Annual report of the Punjab Veterinary College and of the Civil Veterinary Department, Punjab - 1920-1925
Year: 1920
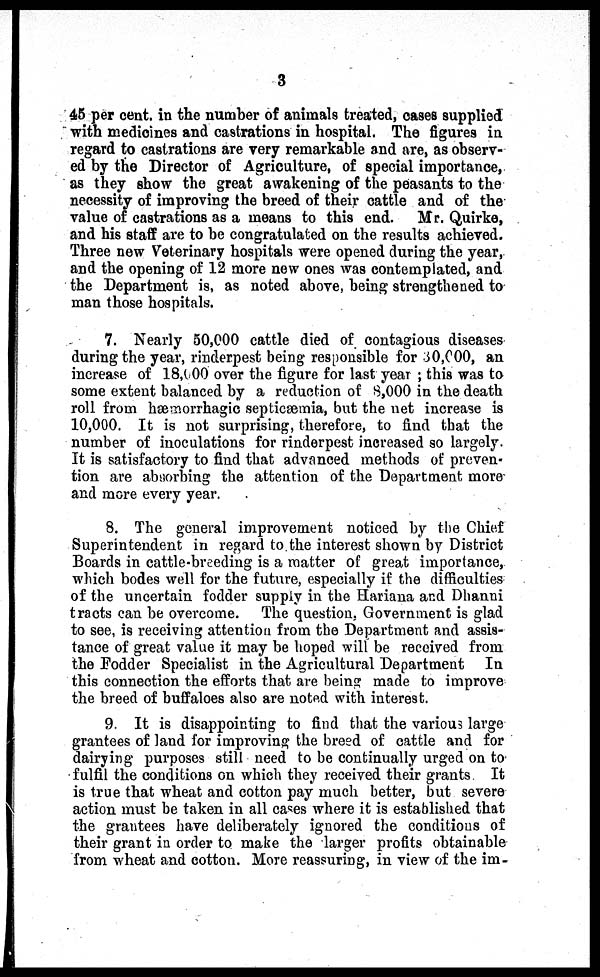
3
45 per cent. in the number of animals treated, cases supplied
with medicines and castrations in hospital. The figures in
regard to castrations are very remarkable and are, as observ-
ed by the Director of Agriculture, of special importance,
as they show the great awakening of the peasants to the
necessity of improving the breed of their cattle and of the
value of castrations as a means to this end. Mr. Quirke,
and his staff are to be congratulated on the results achieved.
Three new Veterinary hospitals were opened during the year,
and the opening of 12 more new ones was contemplated, and
the Department is, as noted above, being strengthened to
man those hospitals.
7. Nearly 50,000 cattle died of contagious diseases
during the year, rinderpest being responsible for 30,000, an
increase of 18,000 over the figure for last year; this was to
some extent balanced by a reduction of 8,000 in the death
roll from hæmorrhagic septicæmia, but the net increase is
10,000. It is not surprising, therefore, to find that the
number of inoculations for rinderpest increased so largely.
It is satisfactory to find that advanced methods of preven-
tion are absorbing the attention of the Department more
and more every year.
8. The general improvement noticed by the Chief
Superintendent in regard to the interest shown by District
Boards in cattle-breeding is a matter of great importance,
which bodes well for the future, especially if the difficulties
of the uncertain fodder supply in the Hariana and Dhanni
tracts can be overcome. The question, Government is glad
to see, is receiving attention from the Department and assis-
tance of great value it may be hoped will be received from
the Fodder Specialist in the Agricultural Department In
this connection the efforts that are being made to improve
the breed of buffaloes also are noted with interest.
9 It is disappointing to find that the various large
grantees of land for improving the breed of cattle and for
dairying purposes still need to be continually urged on to
fulfil the conditions on which they received their grants It
is true that wheat and cotton pay much better, but severe
action must be taken in all cases where it is established that
the grantees have deliberately ignored the conditions of
their grant in order to make the larger profits obtainable
from wheat and cotton. More reassuring, in view of the im-